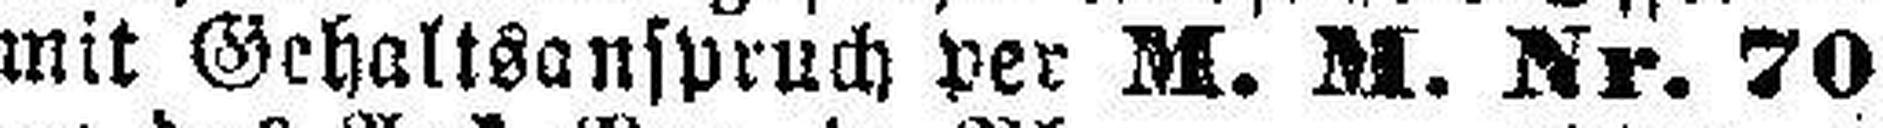
mit Gehaltsanspruch per M. M. Nr. 70